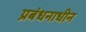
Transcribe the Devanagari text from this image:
प्रबंधनाधीन